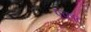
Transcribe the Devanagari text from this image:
एकाट